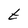
Character: t